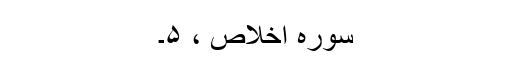
سورہ اخلاص ، ۵۔